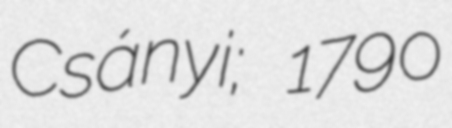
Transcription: Csányi; 1790